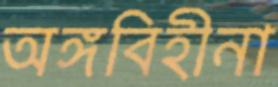
অঙ্গবিহীনা